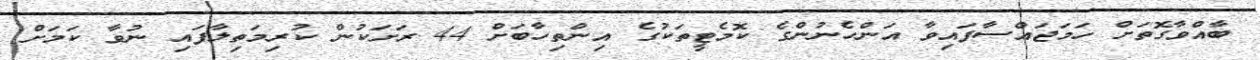
ބާއްވާގޮތަށް ހަމަޖައްސާފައިވާ އަންހެނުންގެ ކޮމެޓީތަކުގެ އިންތިހާބަށް 44 ރަށަކުން ކުރިމަތިލާފައި ނުވާ ކަމަށް